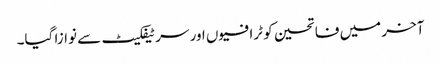
آخر میں فاتحین کو ٹرافیوں اور سرٹیفکیٹ سے نوازا گیا۔